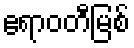
ဧရာဝတီမြစ်